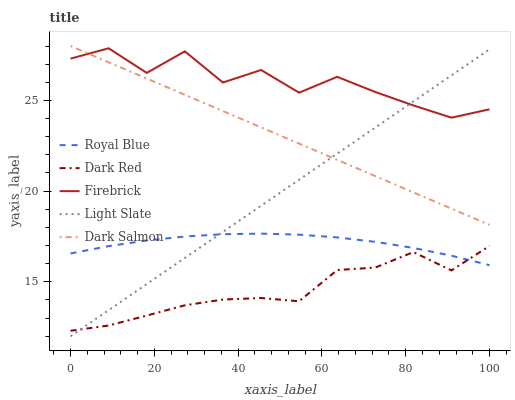
| xaxis_label | Royal Blue | Dark Red | Firebrick | Light Slate | Dark Salmon |
 | --- | --- | --- | --- | --- | --- |
 | 0 | 16.6 | 12.3 | 27.3 | 12 | 28 |
 | 9.09 | 17 | 12.6 | 27.9 | 13.4 | 27.1 |
 | 18.2 | 17.3 | 13.1 | 26.5 | 14.9 | 26.2 |
 | 27.3 | 17.5 | 13.7 | 27.7 | 16.3 | 25.3 |
 | 36.4 | 17.6 | 14 | 26 | 17.8 | 24.4 |
 | 45.5 | 17.7 | 14.1 | 26.7 | 19.2 | 23.5 |
 | 54.5 | 17.6 | 13.9 | 25.4 | 20.6 | 22.6 |
 | 63.6 | 17.4 | 15.7 | 26.3 | 22.1 | 21.7 |
 | 72.7 | 17.2 | 15.8 | 25.5 | 23.5 | 20.8 |
 | 81.8 | 16.9 | 16.6 | 24.7 | 24.9 | 19.9 |
 | 90.9 | 16.4 | 15.6 | 24 | 26.4 | 19 |
 | 100 | 15.9 | 17 | 24.5 | 27.8 | 18.1 |